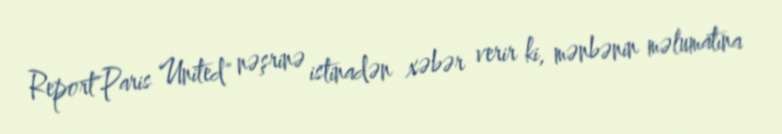
Report"Paris United" nəşrinə istinadən xəbər verir ki, mənbənin məlumatına